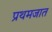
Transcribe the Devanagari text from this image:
प्रथमजात